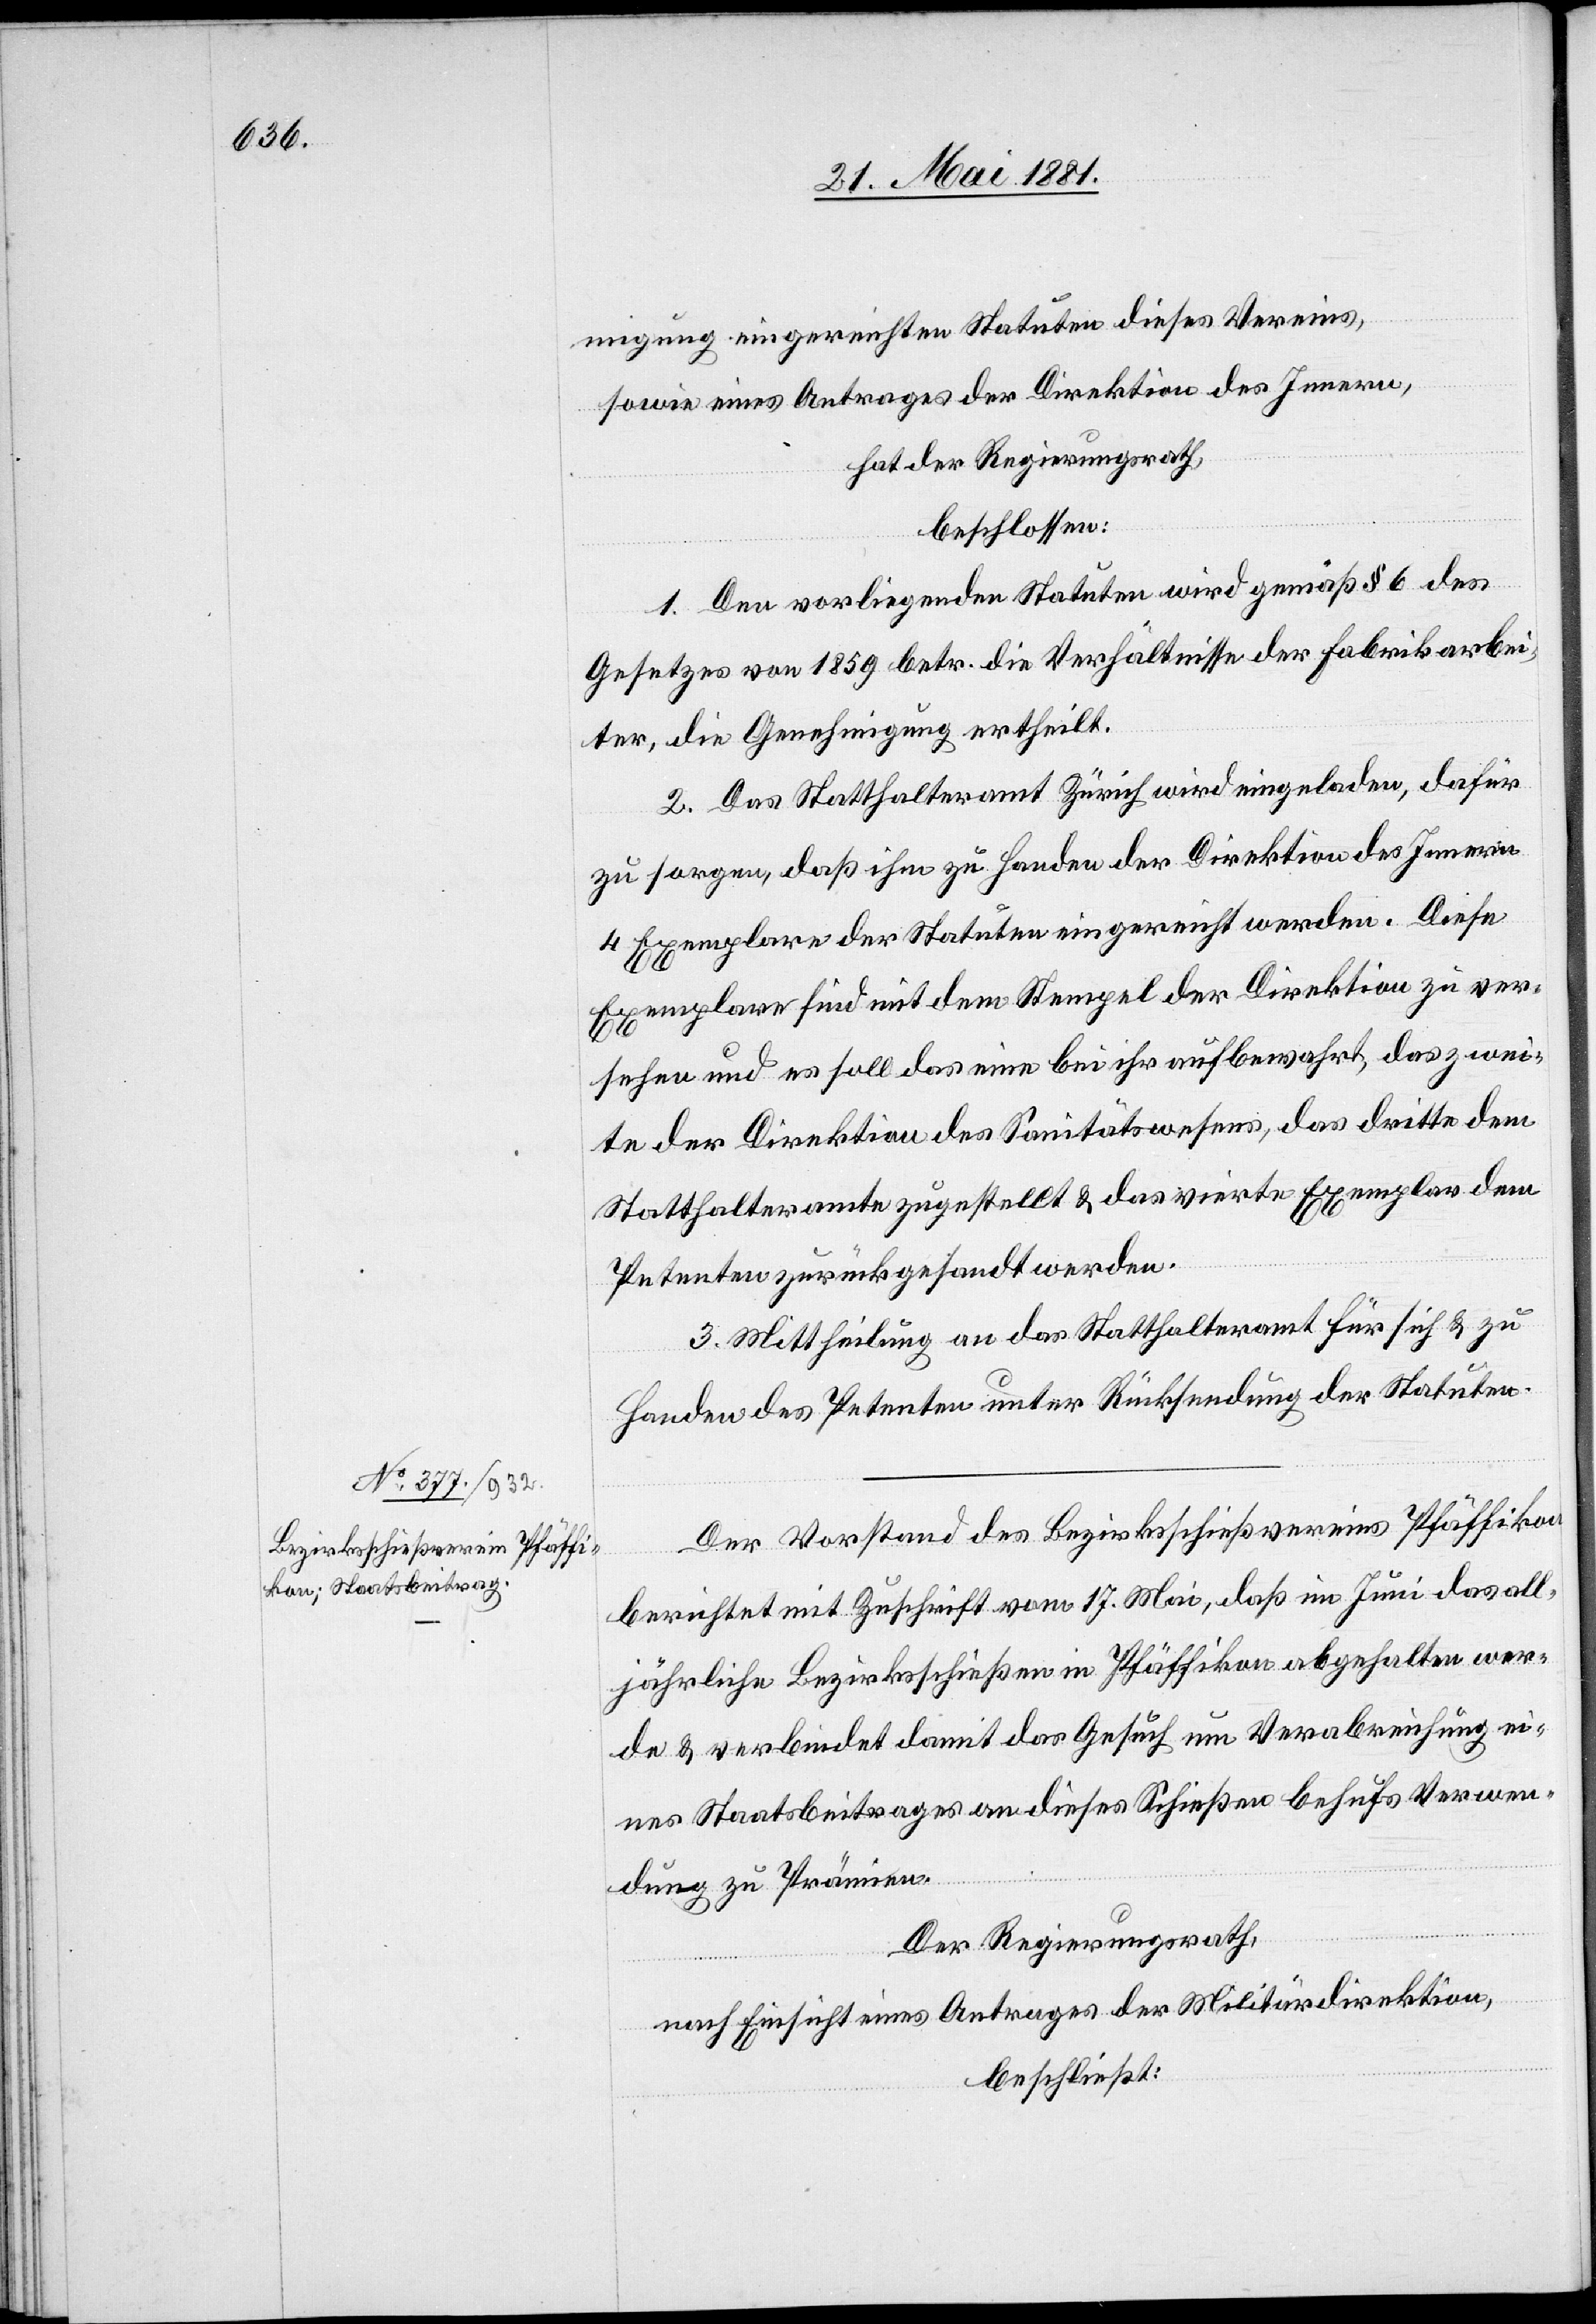
migung eingereichten Statuten dieses Vereins,
sowie eines Antrages der Direktion des Innern,
hat der Regierungsrath,
beschlossen:
1. Den vorliegenden Statuten wird gemäß § 6 des
Gesetzes von 1859 betr. die Verhältnisse der Fabrikarbei¬
ter, die Genehmigung ertheilt.
2. Das Statthalteramt Zürich wird eingeladen, dafür
zu sorgen, daß ihm zu Handen der Direktion des Innern
4 Exemplare der Statuten eingereicht werden. Diese
Exemplare sind mit dem Stempel der Direktion zu ver¬
sehen und es soll das eine bei ihr aufbewahrt, das zwei¬
te der Direktion des Sanitätswesens, das dritte dem
Statthalteramte zugestellt & das vierte Exemplar dem
Petenten zurückgesandt werden.
3. Mittheilung an das Statthalteramt für sich & zu
Handen des Petenten unter Rücksendung der Statuten.
Der Vorstand des Bezirksschießvereins Pfäffikon
berichtet mit Zuschrift vom 17. Mai, daß im Juni das all¬
jährliche Bezirksschießen in Pfäffikon abgehalten wer¬
de & verbindet damit das Gesuch um Verabreichung ei¬
nes Staatsbeitrages an dieses Schießen behufs Verwen¬
dung zu Prämien.
Der Regierungsrath,
nach Einsicht eines Antrages der Militärdirektion,
beschließt: